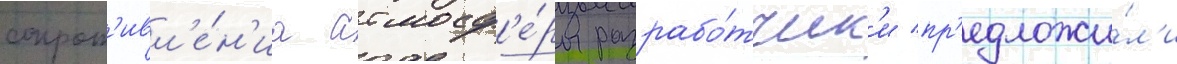
сопрот'ивл'е́н'иа атмосф'е́ры разрабо́тчик'и пр'едложи́л'и